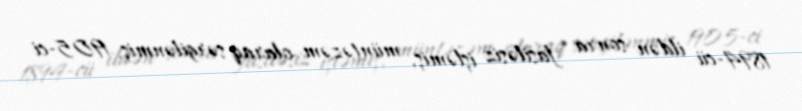
1894-cü ildən sonra fasiləsiz işləmiş, müntəzəm olaraq sərgilənmiş, 1905-ci